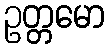
ဥတ္တမော